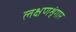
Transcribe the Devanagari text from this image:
लक्षणशृंगार